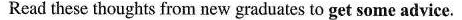
Read these thoughts from new graduates to get some advice.